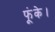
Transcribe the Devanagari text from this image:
फूंके।